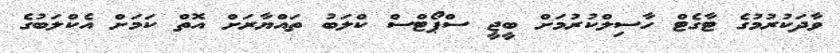
ވާދަކުރުމުގެ ޓާގެޓް ހާސިލްކުރުމަށް ބީޖީ ސްޕޯޓްސް ކްލަބު ތައްޔާރަށް އޮތް ކަމަށް އެކްލަބުގެ